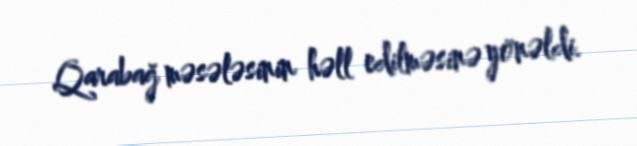
Qarabağ məsələsinin həll edilməsinə yönəldi.